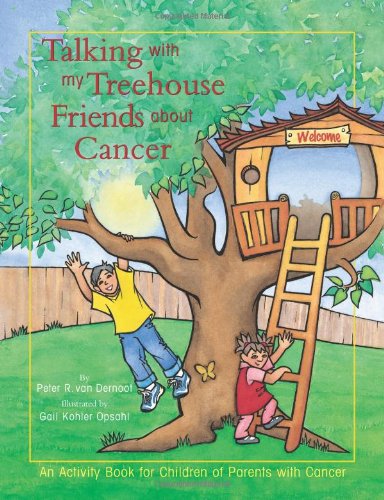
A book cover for Talking with My Treehouse Friends about: An Activity Book for Children of Parents with Cancer; Peter R. van Dernoot; Teen & Young Adult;